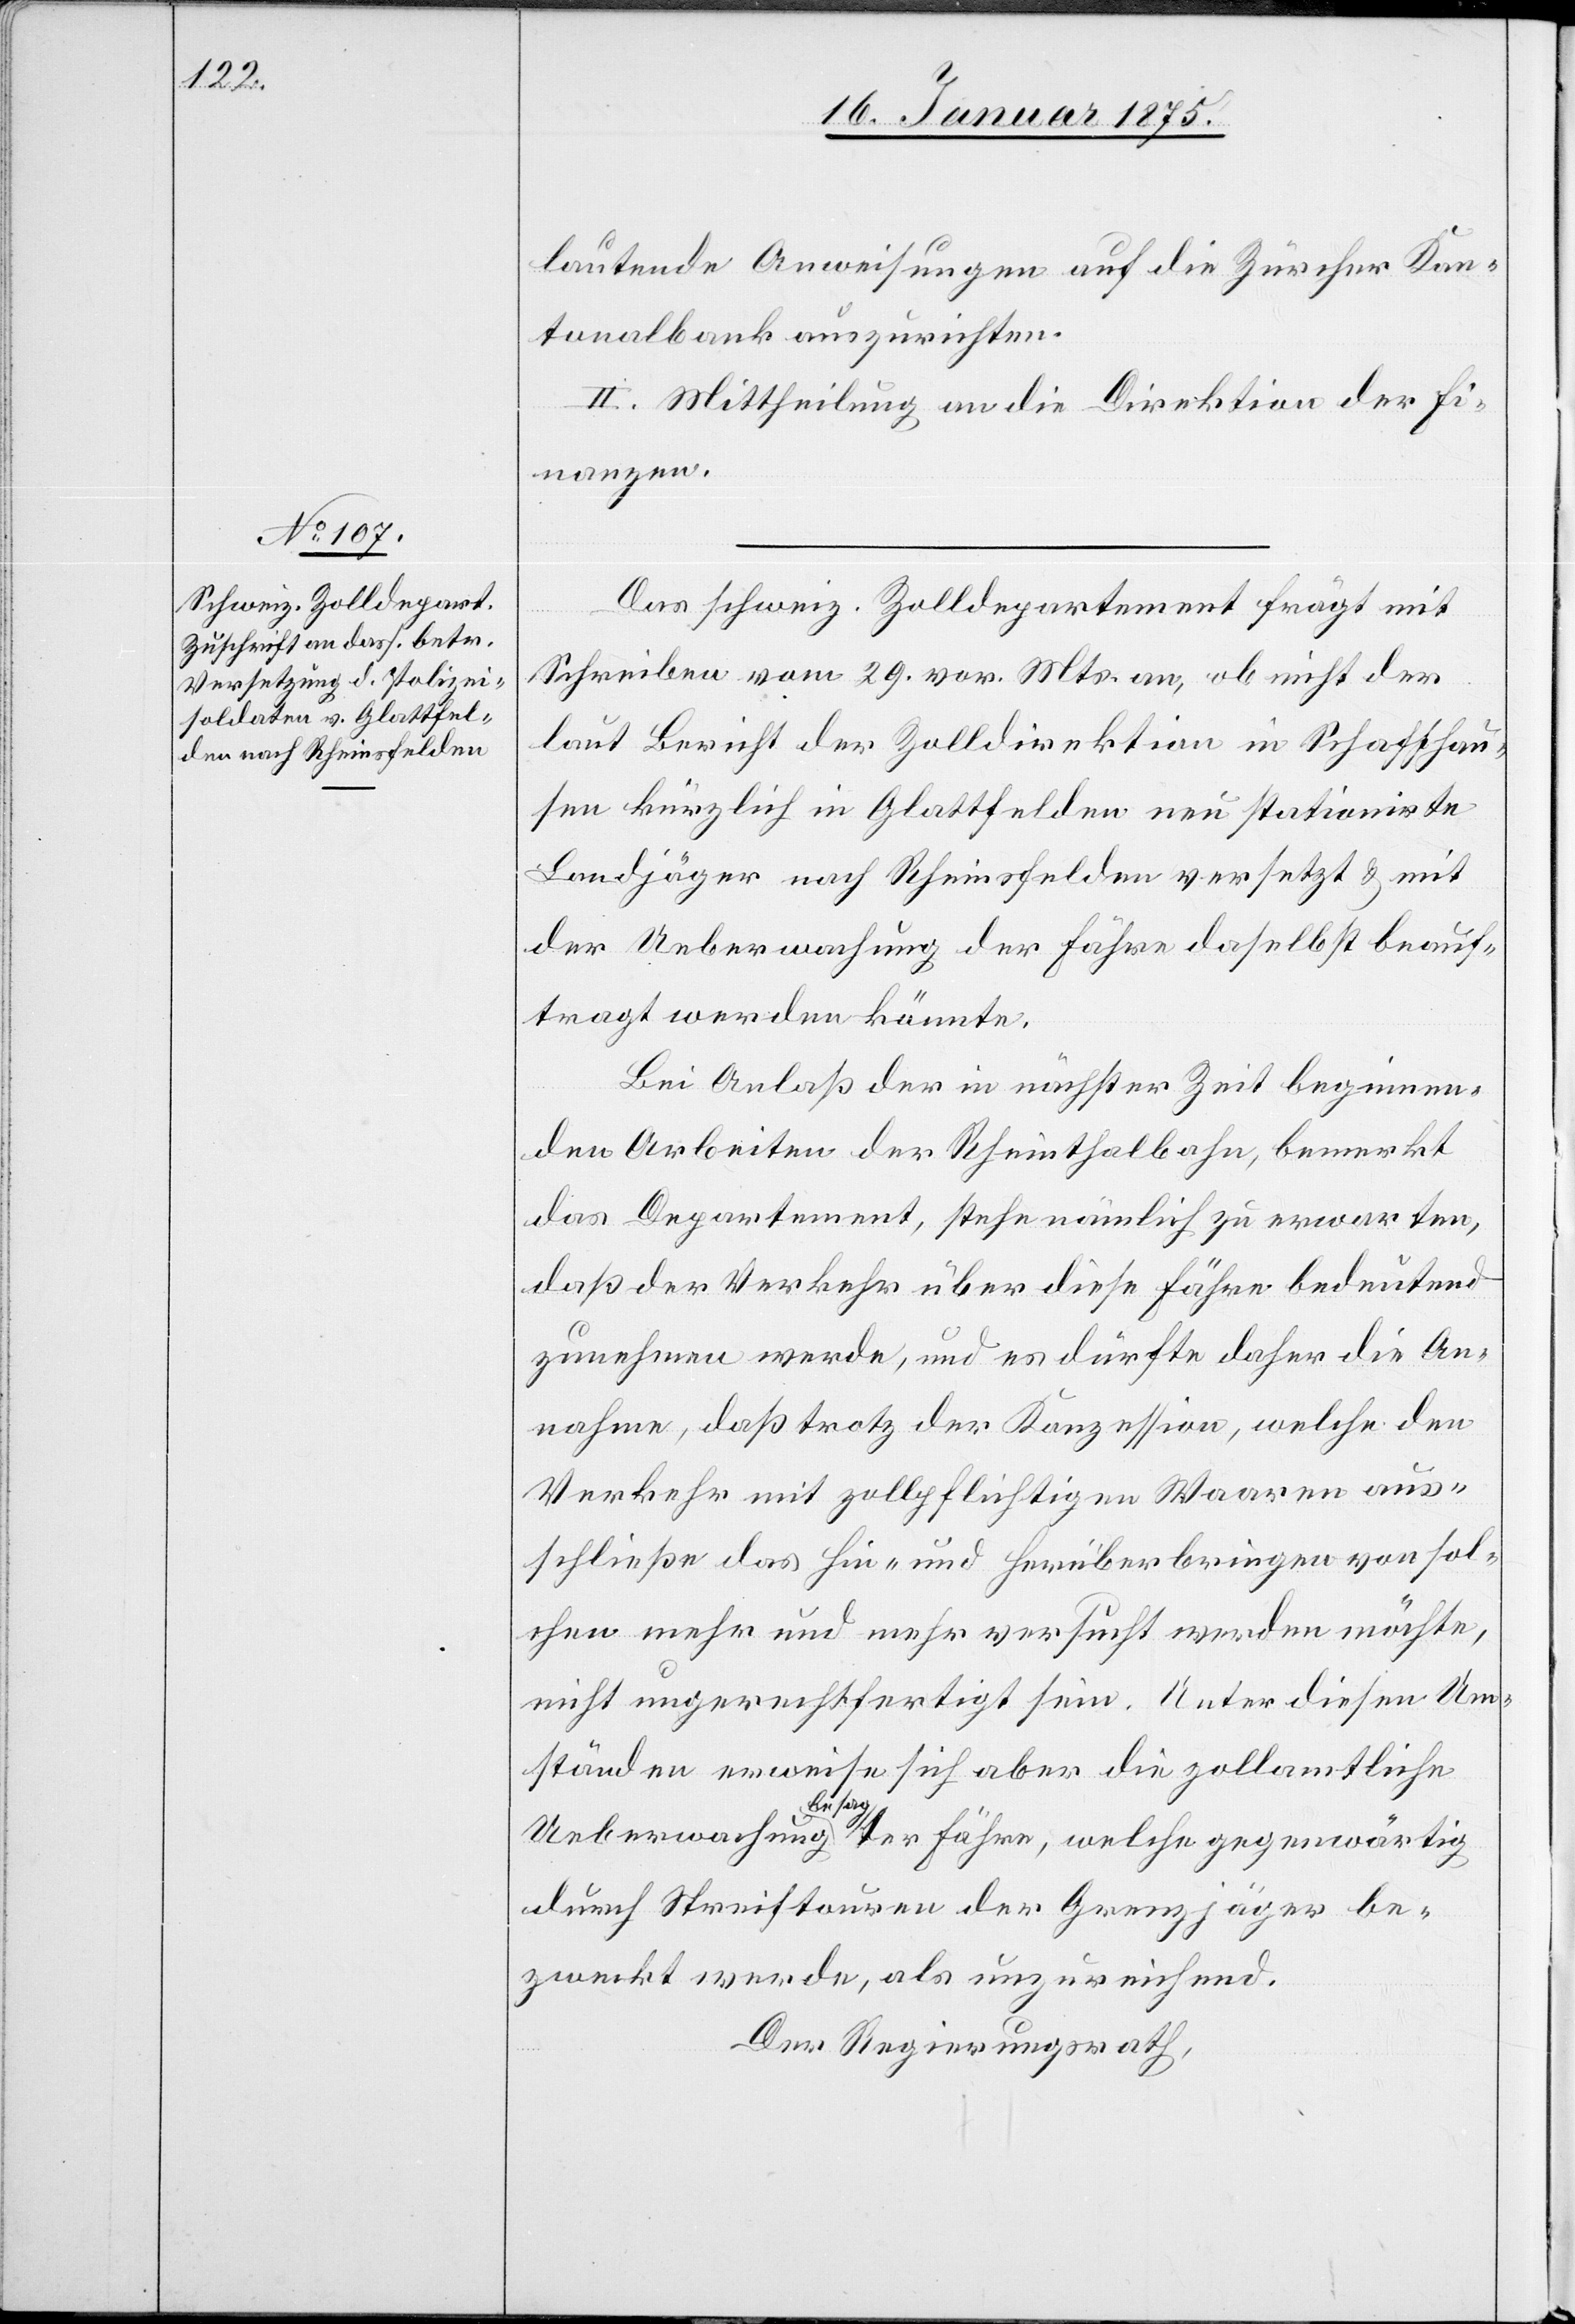
lautende Anweisungen auf die Zürcher Kan¬
tonalbank auszurichten.
II. Mittheilung an die Direktion der Fi¬
nanzen.
Das schweiz. Zolldepartement frägt mit
Schreiben vom 29. vor. Mts. an, ob nicht der
laut Bericht der Zolldirektion in Schaffhau¬
sen kürzlich in Glattfelden neu stationirte
Landjäger nach Rheinsfelden versetzt & mit
der Ueberwachung der Fähre daselbst beauf¬
tragt werden könnte.
Bei Anlaß der in nächster Zeit beginnen¬
den Arbeiten der Rheinthalbahn bemerkt
das Departement, stehe nämlich zu erwarten,
daß der Verkehr über diese Fähre bedeutend
zunehmen werde, und es dürfte daher die An¬
nahme, daß trotz der Konzession, welche den
Verkehr mit zollpflichtigen Waaren aus¬
schließe das hin- und herüberbringen von sol¬
chen mehr und mehr versucht werden möchte,
nicht ungerechtfertigt sein. Unter diesen Um¬
ständen erweise sich aber die zollamtliche
Ueberwachung a-besag-ater Fähre, welche gegenwärtig
durch Streiftouren der Grenzjäger be¬
zweckt werde, als unzureichend.
Der Regierungsrath,